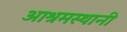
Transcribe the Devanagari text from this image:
आश्रमस्थानी